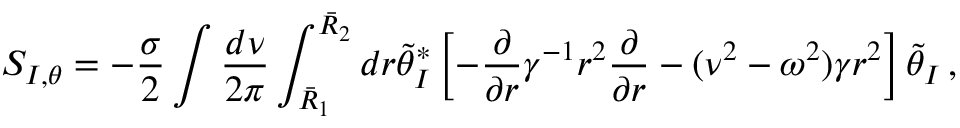
S _ { I , \theta } = - \frac { \sigma } { 2 } \int \frac { d \nu } { 2 \pi } \int _ { \bar { R } _ { 1 } } ^ { \bar { R } _ { 2 } } d r \tilde { \theta } _ { I } ^ { * } \left[ - \frac { \partial } { \partial r } \gamma ^ { - 1 } r ^ { 2 } \frac { \partial } { \partial r } - ( \nu ^ { 2 } - \omega ^ { 2 } ) \gamma r ^ { 2 } \right] \tilde { \theta } _ { I } \, ,